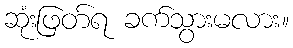
ဆုံးဖြတ်ရ ခက်သွားမလား။